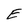
Character: E